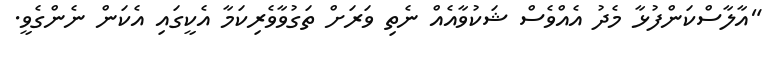
"އާލާސްކަންފުޅާ މެދު އެއްވެސް ޝަކުވާއެއް ނެތި ވަރަށް ތަގުވާވެރިކަމާ އެކީގައި އެކަން ނެންގެވީ.